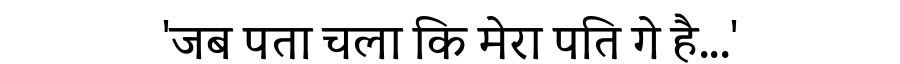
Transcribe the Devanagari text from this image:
'जब पता चला कि मेरा पति गे है...'